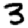
Digit: 3